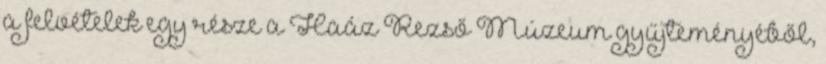
a felvételek egy része a Haáz Rezső Múzeum gyűjteményéből,